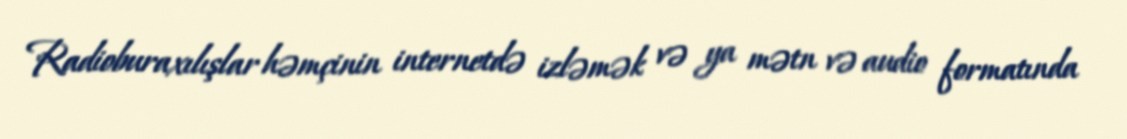
Radioburaxılışlar həmçinin internetdə izləmək və ya mətn və audio formatında